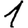
Digit: 1